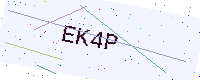
Text: EK4P